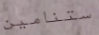
ستنامين